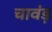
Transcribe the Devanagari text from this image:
चावंड़